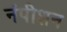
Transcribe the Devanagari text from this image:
नंपीशन